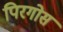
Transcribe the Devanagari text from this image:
पिरगोस